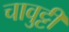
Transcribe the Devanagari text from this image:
चावुट्टी